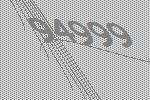
94999